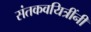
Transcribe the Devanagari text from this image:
संतकवयित्रींनी